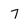
Character: 7